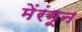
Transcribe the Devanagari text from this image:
मेंरंगून